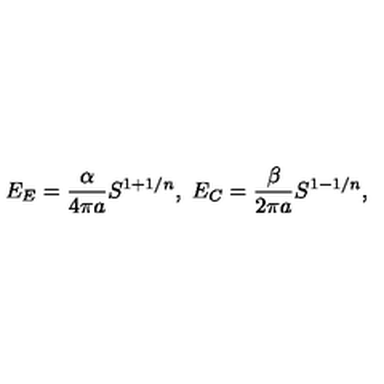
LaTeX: E _ { E } = { \frac { \alpha } { 4 \pi a } } S ^ { 1 + 1 / n } , \ E _ { C } = { \frac { \beta } { 2 \pi a } } S ^ { 1 - 1 / n } ,